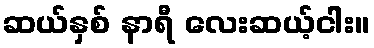
ဆယ်နှစ် နာရီ လေးဆယ့်ငါး။